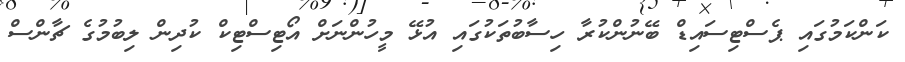
ކަންކަމުގައި ޕެސްޓިސައިޑް ބޭނުންކުރާ ހިސާބުތަކުގައި އުޅޭ މީހުންނަށް އޯޓިސްޓިކް ކުދިން ލިބުމުގެ ޗާންސް